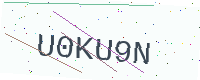
Text: U0KU9N